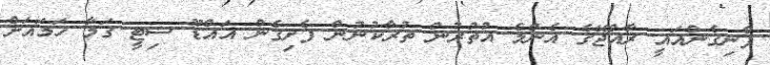
ފެނިގެންއައީ ރާއްޖޭގެ އެންމެ އުތުރުން ތުރާކުނުން ފެށިގެން އައްޑޫ ސިޓީ ގަމާ ހަމައަށް